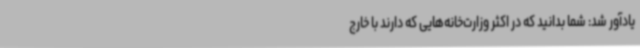
یادآور شد: شما بدانید که در اکثر وزارت‌خانه‌هایی که دارند با خارج